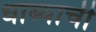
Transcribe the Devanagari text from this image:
धाब्याची